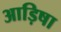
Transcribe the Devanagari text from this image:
आड़िषा